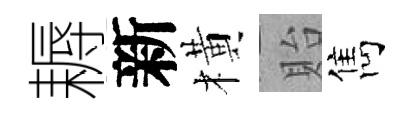
耨新橫貽雋